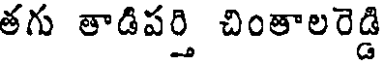
తగు తాడిపర్తి చింతాలరెడ్డి